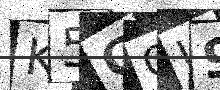
Text: K5CQU9